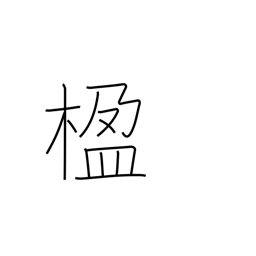
Meaning: pillar